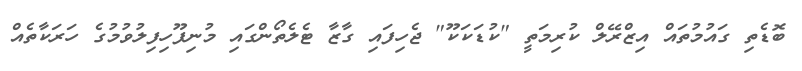
ބޮޑެތި ގައުމުތައް އިޒްރޭލް ކުރިމަތީ "ކުޑަކަކޫ" ޖެހިފައި ގާޒާ ޓެލެތޯންގައި މުނިފޫހިފިލުވުމުގެ ހަރަކާތެއް